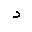
Letter: _dal